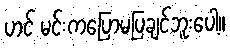
ဟင် မင်းကပြောမပြချင်ဘူးပေါ့။